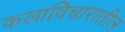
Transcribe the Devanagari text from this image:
कलाविचारातील